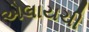
એલાયચી